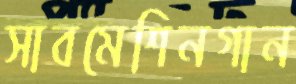
সাবমেশিনগান